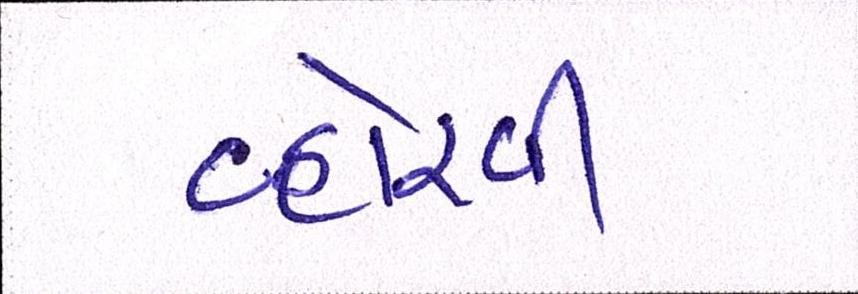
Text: વ્હોરવી